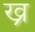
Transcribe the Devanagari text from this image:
ख्र